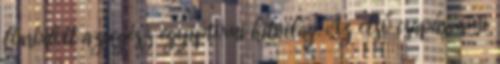
fonódott az egész egyiptomi hitvilág. Az első csapás, ami